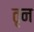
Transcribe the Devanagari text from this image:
तृन